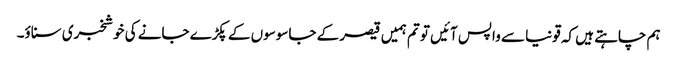
ہم چاہتے ہیں کہ قونیا سے واپس آئیں تو تم ہمیں قیصر کے جاسوسوں کے پکڑے جانے کی خوشخبری سناؤ۔